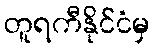
တူရကီနိုင်ငံမှ